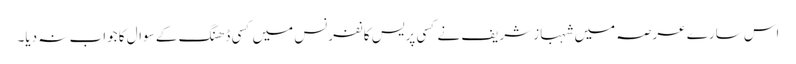
اس سارے عرصہ میں شہباز شریف نے کسی پریس کانفرنس میں کسی ڈھنگ کے سوال کا جواب نہ دیا۔